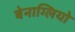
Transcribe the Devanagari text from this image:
बेनाग्लियो